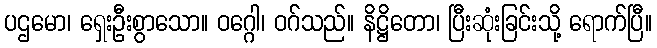
ပဌမော၊ ရှေးဦးစွာသော။ ဝဂ္ဂေါ၊ ဝဂ်သည်။ နိဋ္ဌိတော၊ ပြီးဆုံးခြင်းသို့ ရောက်ပြီ။